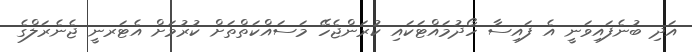
އަދި ބުނެފައިވަނީ އެ ފައިސާ ހޯދުމައްޓަކައި ކުރަންޖެހޭ މަސައްކަތްތަށް ކުރުމަށް އެޓަރނީ ޖެނެރަލްގެ